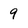
Character: 9